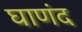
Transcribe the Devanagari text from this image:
घाणंद